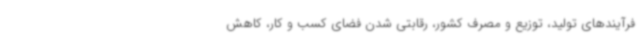
فرآیندهای تولید، توزیع و مصرف کشور، رقابتی شدن فضای کسب و کار، کاهش